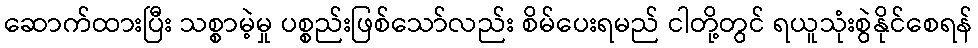
ဆောက်ထားပြီး သစ္စာမဲ့မှု ပစ္စည်းဖြစ်သော်လည်း စိမ်ပေးရမည် ငါတို့တွင် ရယူသုံးစွဲနိုင်စေရန်